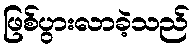
ဖြစ်ပွားလာခဲ့သည်